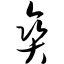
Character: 爽